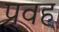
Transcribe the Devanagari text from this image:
प्रवह